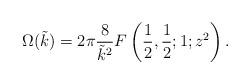
LaTeX: \begin{align*}\Omega(\tilde{k})=2\pi\frac{8}{\tilde{k}^2}F\left(\frac{1}{2},\frac{1}{2};1;z^2\right).\end{align*}